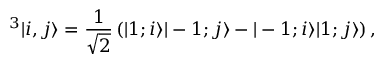
^ 3 | i , j \rangle = \frac { 1 } { \sqrt { 2 } } \left( | 1 ; i \rangle | - 1 ; j \rangle - | - 1 ; i \rangle | 1 ; j \rangle \right) ,